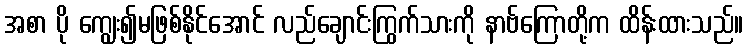
အစာ ပို ကျွေး၍မဖြစ်နိုင်အောင် လည်ချောင်းကြွက်သားကို နာဗ်ကြောတို့က ထိန်းထားသည်။